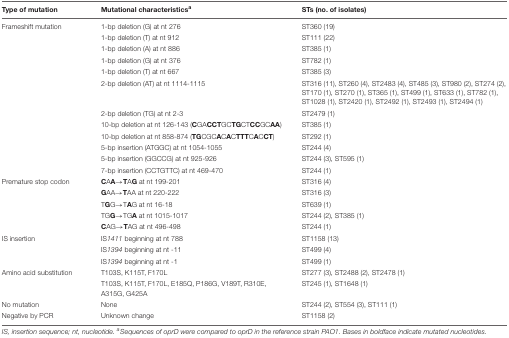
<table><thead><tr><td><b>Type of mutation</b></td><td><b>Mutational characteristics<i><sup>a</sup></i></b></td><td><b>STs (no. of isolates)</b></td></tr></thead><tbody><tr><td>Frameshift mutation</td><td>1-bp deletion (G) at nt 276</td><td>ST360 (19)</td></tr><tr><td></td><td>1-bp deletion (T) at nt 912</td><td>ST111 (22)</td></tr><tr><td></td><td>1-bp deletion (A) at nt 886</td><td>ST385 (1)</td></tr><tr><td></td><td>1-bp deletion (G) at nt 376</td><td>ST782 (1)</td></tr><tr><td></td><td>1-bp deletion (T) at nt 667</td><td>ST385 (3)</td></tr><tr><td></td><td>2-bp deletion (AT) at nt 1114-1115</td><td>ST316 (11), ST260 (4), ST2483 (4), ST485 (3), ST980 (2), ST274 (2), ST170 (1), ST270 (1), ST365 (1), ST499 (1), ST633 (1), ST782 (1), ST1028 (1), ST2420 (1), ST2492 (1), ST2493 (1), ST2494 (1)</td></tr><tr><td></td><td>2-bp deletion (TG) at nt 2-3</td><td>ST2479 (1)</td></tr><tr><td></td><td>10-bp deletion at nt 126-143 (<b>C</b>GA<b>CCT</b>GC<b>TG</b>CT<b>CC</b>GC<b>AA</b>)</td><td>ST385 (1)</td></tr><tr><td></td><td>10-bp deletion at nt 858-874 (<b>TG</b>CGC<b>A</b>C<b>A</b>C<b>TTT</b>C<b>A</b>C<b>CT</b>)</td><td>ST292 (1)</td></tr><tr><td></td><td>5-bp insertion (ATGGC) at nt 1054-1055</td><td>ST244 (4)</td></tr><tr><td></td><td>5-bp insertion (GGCCG) at nt 925-926</td><td>ST244 (3), ST595 (1)</td></tr><tr><td></td><td>7-bp insertion (CCTGTTC) at nt 469-470</td><td>ST244 (1)</td></tr><tr><td>Premature stop codon</td><td><b>C</b>A<b>A</b>→<b>T</b>A<b>G</b> at nt 199-201</td><td>ST316 (4)</td></tr><tr><td></td><td><b>G</b>AA→<b>T</b>AA at nt 220-222</td><td>ST316 (3)</td></tr><tr><td></td><td>T<b>G</b>G→T<b>A</b>G at nt 16-18</td><td>ST639 (1)</td></tr><tr><td></td><td>TG<b>G</b>→TG<b>A</b> at nt 1015-1017</td><td>ST244 (2), ST385 (1)</td></tr><tr><td></td><td><b>C</b>AG→<b>T</b>AG at nt 496-498</td><td>ST244 (1)</td></tr><tr><td>IS insertion</td><td>IS<i>1411</i> beginning at nt 788</td><td>ST1158 (13)</td></tr><tr><td></td><td>IS<i>1394</i> beginning at nt -11</td><td>ST499 (4)</td></tr><tr><td></td><td>IS<i>1394</i> beginning at nt -1</td><td>ST499 (1)</td></tr><tr><td>Amino acid substitution</td><td>T103S, K115T, F170L</td><td>ST277 (3), ST2488 (2), ST2478 (1)</td></tr><tr><td></td><td>T103S, K115T, F170L, E185Q, P186G, V189T, R310E, A315G, G425A</td><td>ST245 (1), ST1648 (1)</td></tr><tr><td>No mutation</td><td>None</td><td>ST244 (2), ST554 (3), ST111 (1)</td></tr><tr><td>Negative by PCR</td><td>Unknown change</td><td>ST1158 (2)</td></tr></tbody></table>